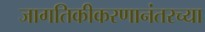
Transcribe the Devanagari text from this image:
जागतिकीकरणानंतरच्या